Vaccination in Burma 1889-1999 - 1889-1999
Year: 1889
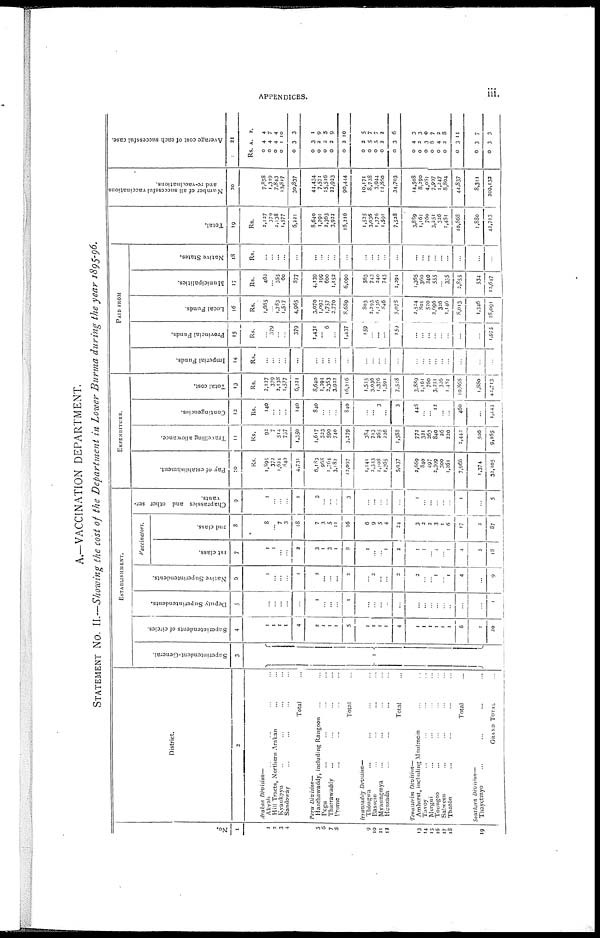
APPENDICES.
iii.
A.—VACCINATION DEPARTMENT.
STATEMENT No. II.—Showing the cost of the Department in Lower Burma during the year 1895-96.
No.
1
1
2
3
4
5
6
7
8
9
10
11
12
13
14
15
16
17
18
19
District.
2
Arakan
Division—
Akyab ... ... ...
Hill Tracts, Northern Arakan ... ...
Kyaukpvu ... ... ...
Sandoway ... ... ...
Total ...
Pegu
Division—
Hanthawaddy, including Rangoon ... ...
Pegu ... ... ...
Tharrawaddy ... ... ...
Prome ... ... ...
Total ...
Irrawaddy
Division—
Thôngwa ... ... ...
Bassein ... ... ...
Myaungmya ... ... ...
Henzada ... ... ...
Total ...
Tenasserim
Division—
Amherst, including Moulmein ... ...
Tavoy ... ... ...
Mergui ... ... ...
Toungoo ... ... ...
Salween ... ... ...
Thatôn ... ... ...
Total ...
Southern
Division—
Thayetinyo ... ... ...
GRAND TOTAL ...
ESTABLISHMENT.
Superintendent-General.
3
1
Superintendents of circles.
4
1
1
1
1
4
2
1
1
1
5
1
1
1
1
4
1
1
1
1
1
1
6
1
20
Deputy Superintendents.
5
...
...
...
...
...
1
...
...
...
1
...
...
...
...
...
...
...
...
...
...
...
...
...
1
Native Superintendents.
6
1
...
...
...
1
2
...
...
...
2
... 2
...
...
2
2
...
... 1
... 1
4
...
9
Vaccinators.
1st class.
7
1
1
...
...
2
3
1
3
1
8
1
...
... 1
2
1
1
... 1
... 1
4
2
18
2nd class.
8
8
... 7
3
18
7
3
5
11
26
6
9
5
4
24
3
3
2
3
1
6
17
2
37
Chaprassies and other ser-
vants.
9
1
...
...
...
1
3
...
...
...
3
...
...
...
...
1
...
...
...
...
...
1
...
5
EXPENDITURE.
Pay of establishment.
10
Rs.
1,895
372
1,624
840
4,731
6,183
968
1,764
3,182
12,097
1,141
2,323
1,108
1,365
5,937
2,669
840
497
2,399
300
1,261
7,966
1,374
32,105
Travelling allowance.
11
Rs.
92
7
514
757
1,350
1,617
323
599
740
3,279
384
713
265
226
1,588
772
321
263
840
26
220
2,442
506
9,165
Contingencies.
12
Rs.
140
...
...
...
140
840
...
...
...
840
...
... 3
...
3
448
...
... 12
... ...
460
...
1,443
Total cost.
13
Rs.
2,127
379
2,138
1,577
6,221
8,640
1,291
2,363
3,922
16,216
1,525
3,036
1,376
1,591
7,528
3,889
1,161
760
3,251
326
1,481
10,868
1,880
42,713
PAID FROM
Imperial Funds.
14
Rs.
...
...
...
...
...
...
...
...
...
...
...
...
...
...
...
...
...
...
...
...
...
...
...
...
Provincial Funds.
15
Rs.
... 379
...
...
379
1,431
... 6
...
1,437
159
...
...
...
159
...
...
...
... ...
...
...
...
1,975
Local Funds.
16
Rs.
1,665
... 1,783
1,517
4,965
3,070
1,092
1,757
2,770
8,689
803
2,293
1,136
846
5,078
2,524
801
520
2,696
326
1,146
8,013
1,346
28,091
Municipalities.
17
Rs.
462
... 355
60
877
4,139
199
600
1,152
6,090
563
743
240
745
2,291
1,365
360
240
555
... 335
2,855
534
12,647
Native States.
18
Rs.
...
...
...
...
...
...
...
...
...
...
...
...
...
...
...
...
...
...
...
...
...
...
...
...
Total.
19
Rs.
2,127
370
2,138
1,577
6,221
8,640
1,291
2,363
3,922
16,216
1,525
3,036
1,376
1,591
7,528
3,889
1,161
760
3,251
326
1,481
10,868
1,880
42,713
Number of all successful vaccinations
and re-vacinations.
20
7,858
1,319
7,843
13,817
30,837
44,434
7,571
15,516
22,923
90,444
10,171
8,728
3,944
11,860
34,703
14,508
8,290
4,081
7,907
1,247
8,804
44,837
8,301
209,132
Average cost of each successful case.
21
Rs.
0
0
0
0
0
0
0
0
0
0
0
0
0
0
0
0
0
0
0
0
0
0
0
0
A.
4
4
4
1
3
3
2
2
2
2
2
5
5
2
3
4
2
3
6
4
2
3
3
3
P.
4
7
4
10
3
1
9
5
9
10
5
7
7
2
6
3
3
0
7
2
8
11
7
3